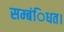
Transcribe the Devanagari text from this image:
सम्बंिधत।